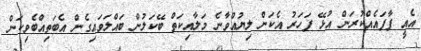
އެއީ ފާފައެއްކުރަން އުޅޭ ފަހަރު އެކަން ލިޔުއްވާނެ މަލާއިކަތް ބޭކަލުން ބައްލަވައިގެން އެބަތިއްބެވިކަން